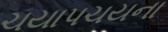
ચયાપચયના